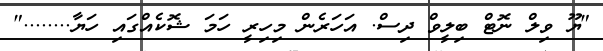
"ޔޫ ވިލް ނޮޓް ބިލީވް ދިސް. އަހަރެން މިހިރީ ހަމަ ޝޮކެއްގައި ހަޔާ........"